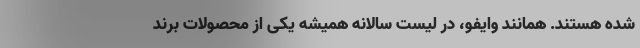
شده هستند. همانند وایفو، در لیست سالانه همیشه یکی از محصولات برند